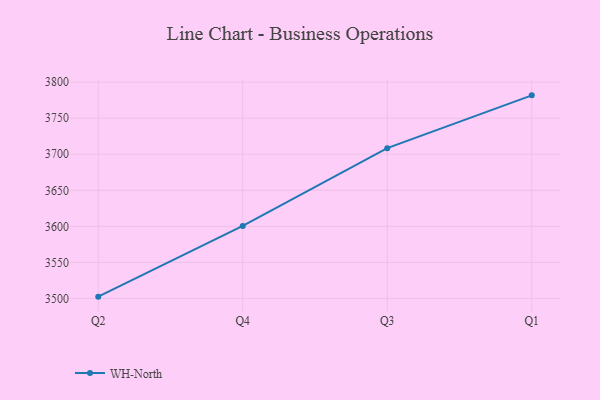
{"axis": {"x": "Quarter", "y": "Temperature (°C)"}, "legend": ["WH-North"], "data": [{"x": "Q2", "y": 3502.5, "type": "WH-North"}, {"x": "Q4", "y": 3600.6, "type": "WH-North"}, {"x": "Q3", "y": 3708.5, "type": "WH-North"}, {"x": "Q1", "y": 3781.7, "type": "WH-North"}]}